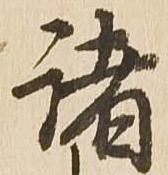
諸